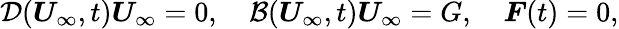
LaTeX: \mathcal{D}(\boldsymbol{U}_{\infty},t)\boldsymbol{U}_{\infty}=0,\quad\mathcal{B}(\boldsymbol{U}_{\infty},t)\boldsymbol{U}_{\infty}=G,\quad\boldsymbol{F}(t)=0,